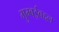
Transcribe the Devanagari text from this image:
मुम्बईबद्दल